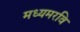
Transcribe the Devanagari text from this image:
मध्यमरवि